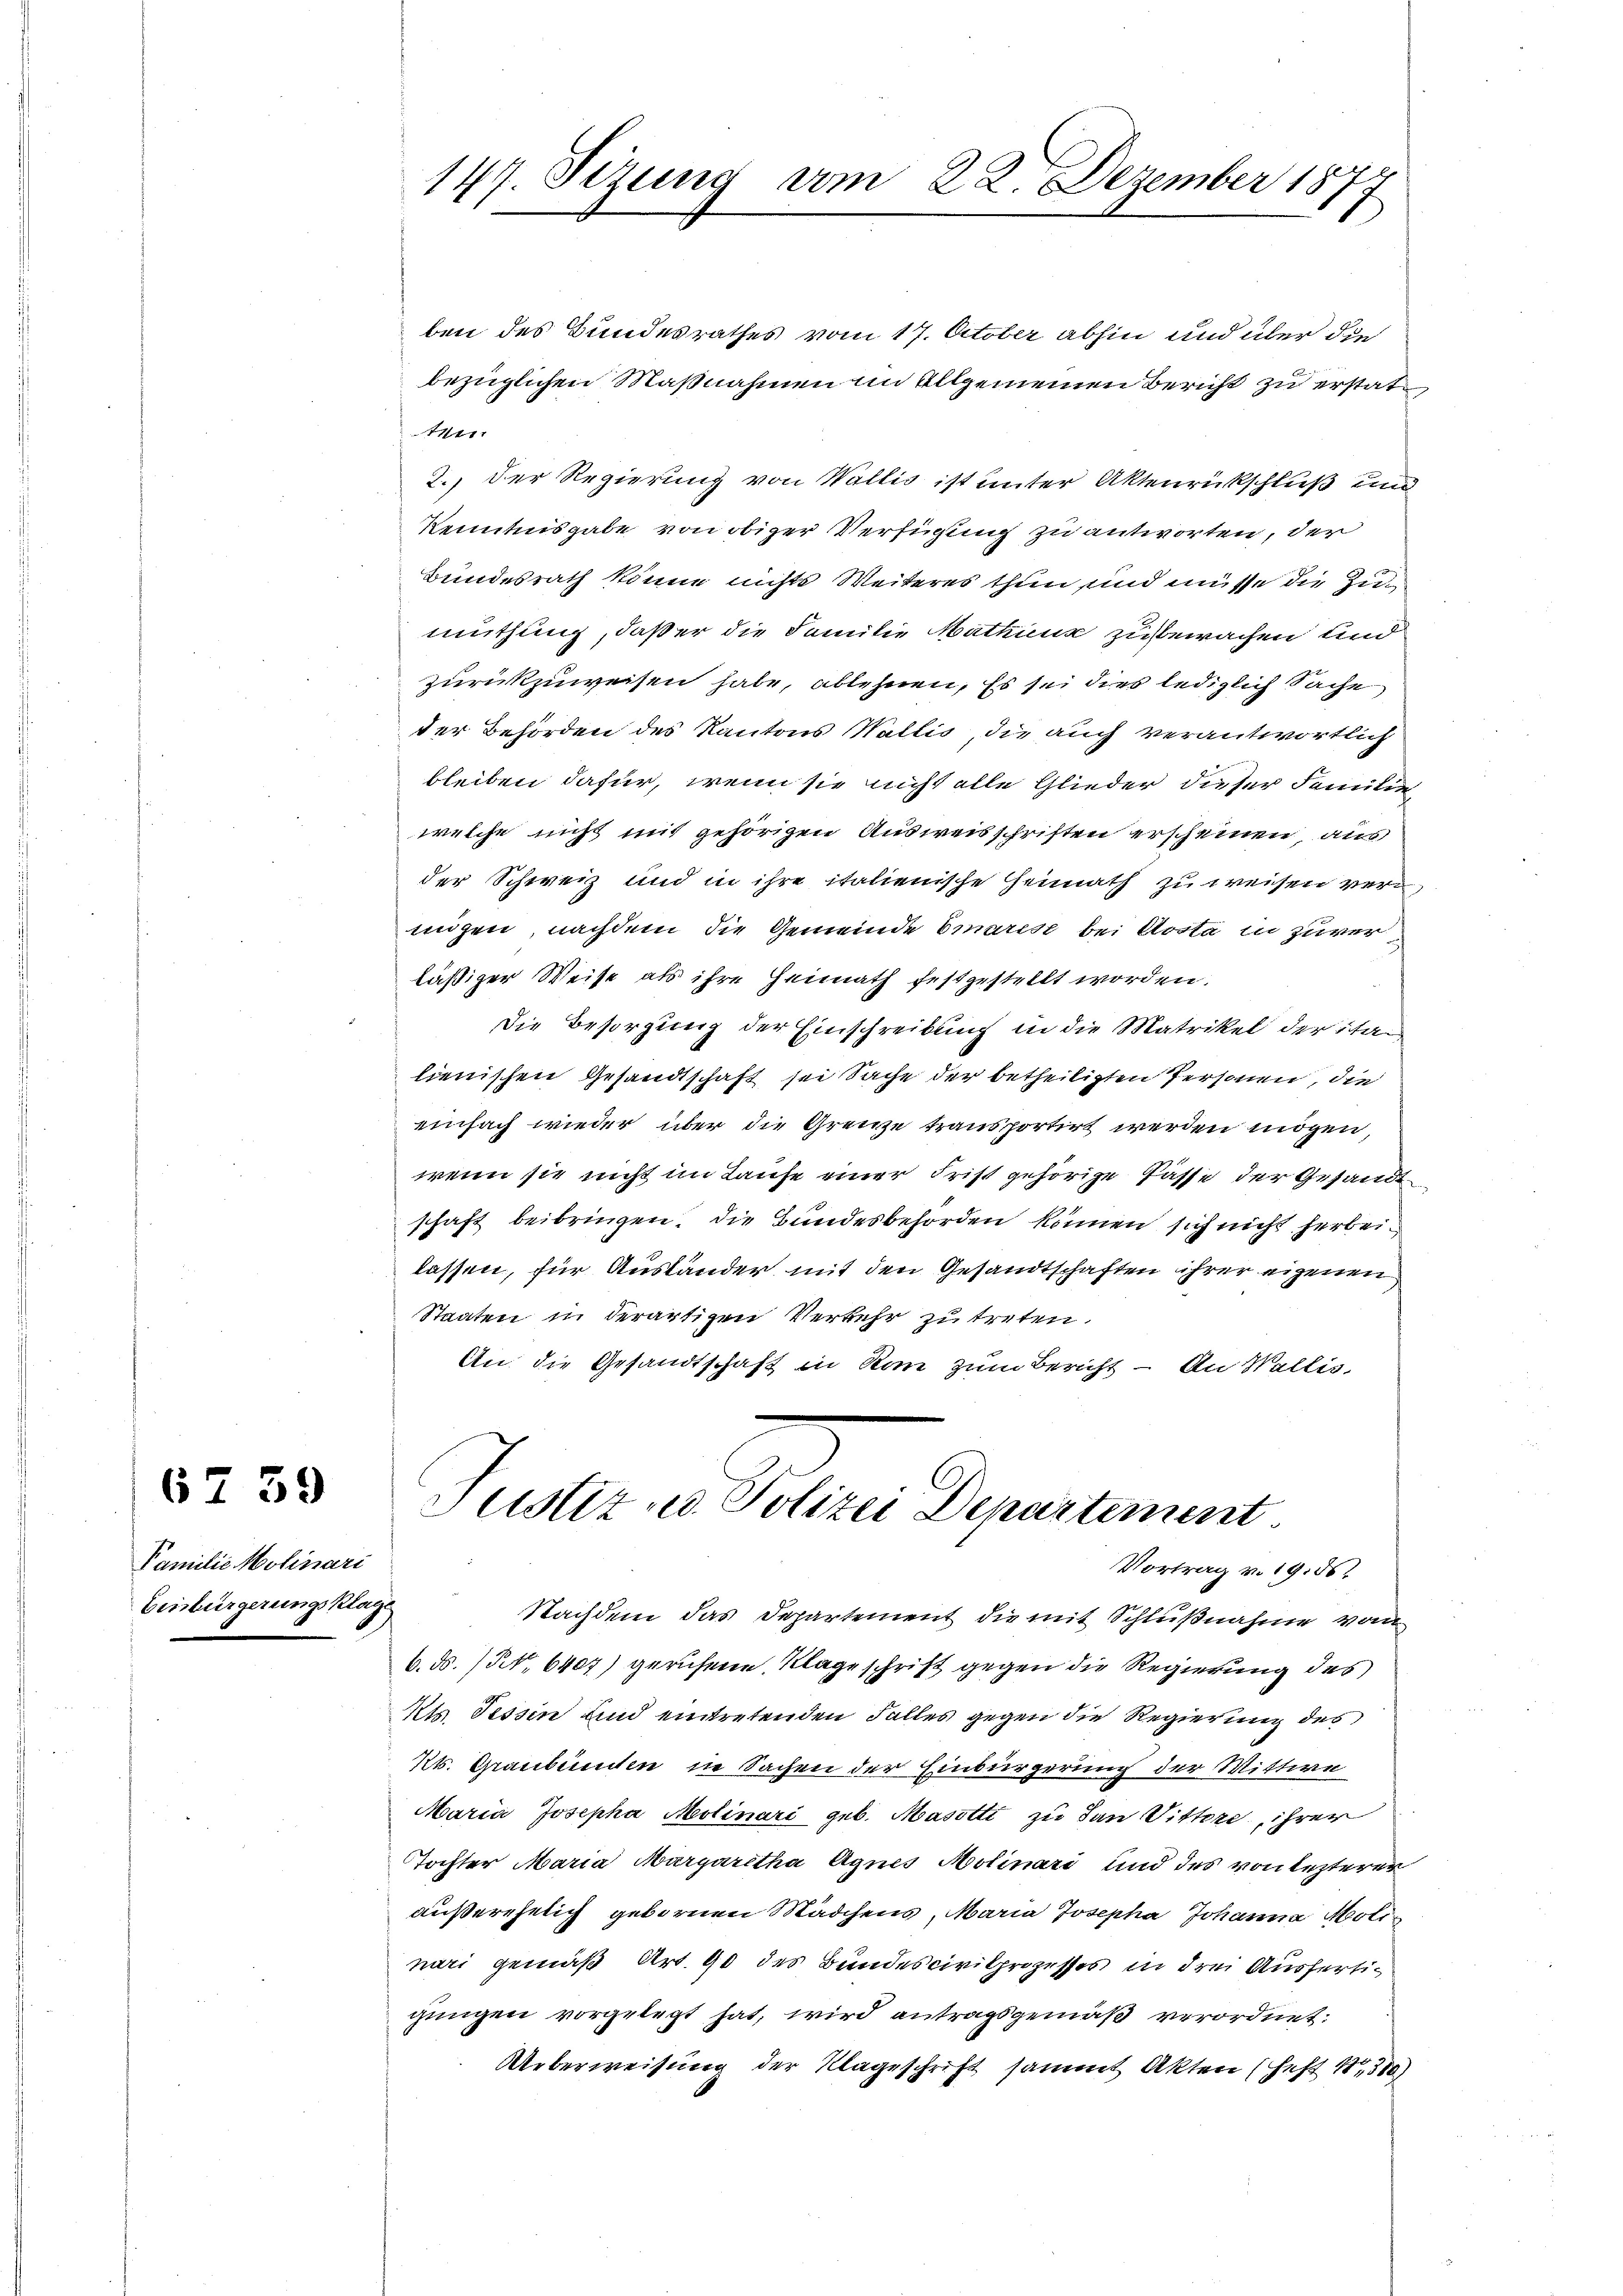
Familie Molinari
Eisbürgerungsklage

6759

ben des Bundesrathes vom 17. October abhin und über die
bezüglichen Maßnahmen im Allgemeinen Bericht zu erstat¬
741x
2.) Der Regierung von Wallis ist unter Aktenrückschluß und
Kenntnisgabe von obiger Verfügung zu antworten, der
Bundesrath könne nichts Weiteres thun und müsse die Zumuthung, daß er die Familie Mathung zubewachen und
zurückzuweisen habe, ablehnen. Es sei dies lediglich Sache
der Behörden des Kantons Wallis, die auch verantwortlich
bleiben dafür, wenn sie nicht alle Glieder dieser Familie
welche nicht mit gehörigen Ausweisschriften erscheinen, aus
der Schweiz und in ihre italienische Heimath zu weisen vermigen, nachdem die Gemeinde Emarest bei Aosta in Zuverläßiger Weise als ihre Heimath festgestellt worden.
Die Besorgung der Einschreibung in die Matrikel der Stalienischen Gesandtschaft sei Sache der betheiligten Personen, die
einfach wieder über die Grenze transportirt werden mögen,
wenn sie nicht im Laufe einer Frist gehörige Pässe der Gesandt
schaft beibringen. Die Bundesbehörden können sich nicht herbeilassen, für Ausländer mit den Gesandtschaften ihrer eigenen
Staaten in derartigen Verkehr zu treten.
An die Gesandtschaft in Kan zum Bericht - An Wallis,
Justiz u. Polizei Departement
Vortrag v. 19. 56
Nachdem das Departement die mit Schlußnahme von
6. ds. 3. 6407) geruhene Klageschrift gegen die Regierung des
Kts. Tessin und eintretenden Falles gegen die Regierung des
Kt. Graubünden in Sachen der Einbürgerung der Wittwe
Maria Josepha Molinari geb. Masotti zu dan Vitter, ihrer
Tochter Maria Margaretha Agnes Molinari und des von lezterer
außerehelich gebornen Mädchens, Maria Josepha Johanna Molis
nari gemäß Art. 90 des Bundescivilprozesses in drei Ausfertigungen vorgelegt hat, wird antragsgemäß verordnet.
Ueberweisung der Klageschrift sammt Akten (Heft 1,300)

147. Sizung vom 22. Dezember 187